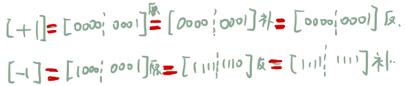
\[
[ + 1 ] = [ 0000\ 0001 ]_{\text{原}} = [ 0000\ 0001 ]_{\text{补}} = [ 0000\ 0001 ]_{\text{反}} \\
[ - 1 ] = [ 1000\ 0001 ]_{\text{原}} = [ 1111\ 1110 ]_{\text{反}} = [ 1111\ 1111 ]_{\text{补}}
\]